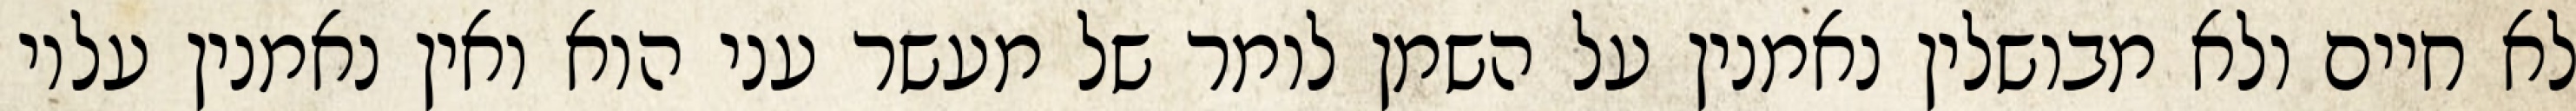
לא חיים ולא מבושלין נאמנין על השמן לומר של מעשר עני הוא ואין נאמנין עליו